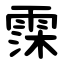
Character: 霂